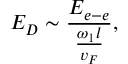
E _ { D } \sim \frac { E _ { e - e } } { \frac { \omega _ { 1 } l } { v _ { F } } } ,